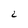
Character: L